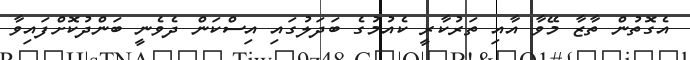
އެގޮތުން ތާޒާ މޭވާ އާއި ތަރުކާރީ ކެއުމުގެ ބަދަލުގައި އިސްކަން ދެވެނީ ބަންދުކޮށްފައިވާ